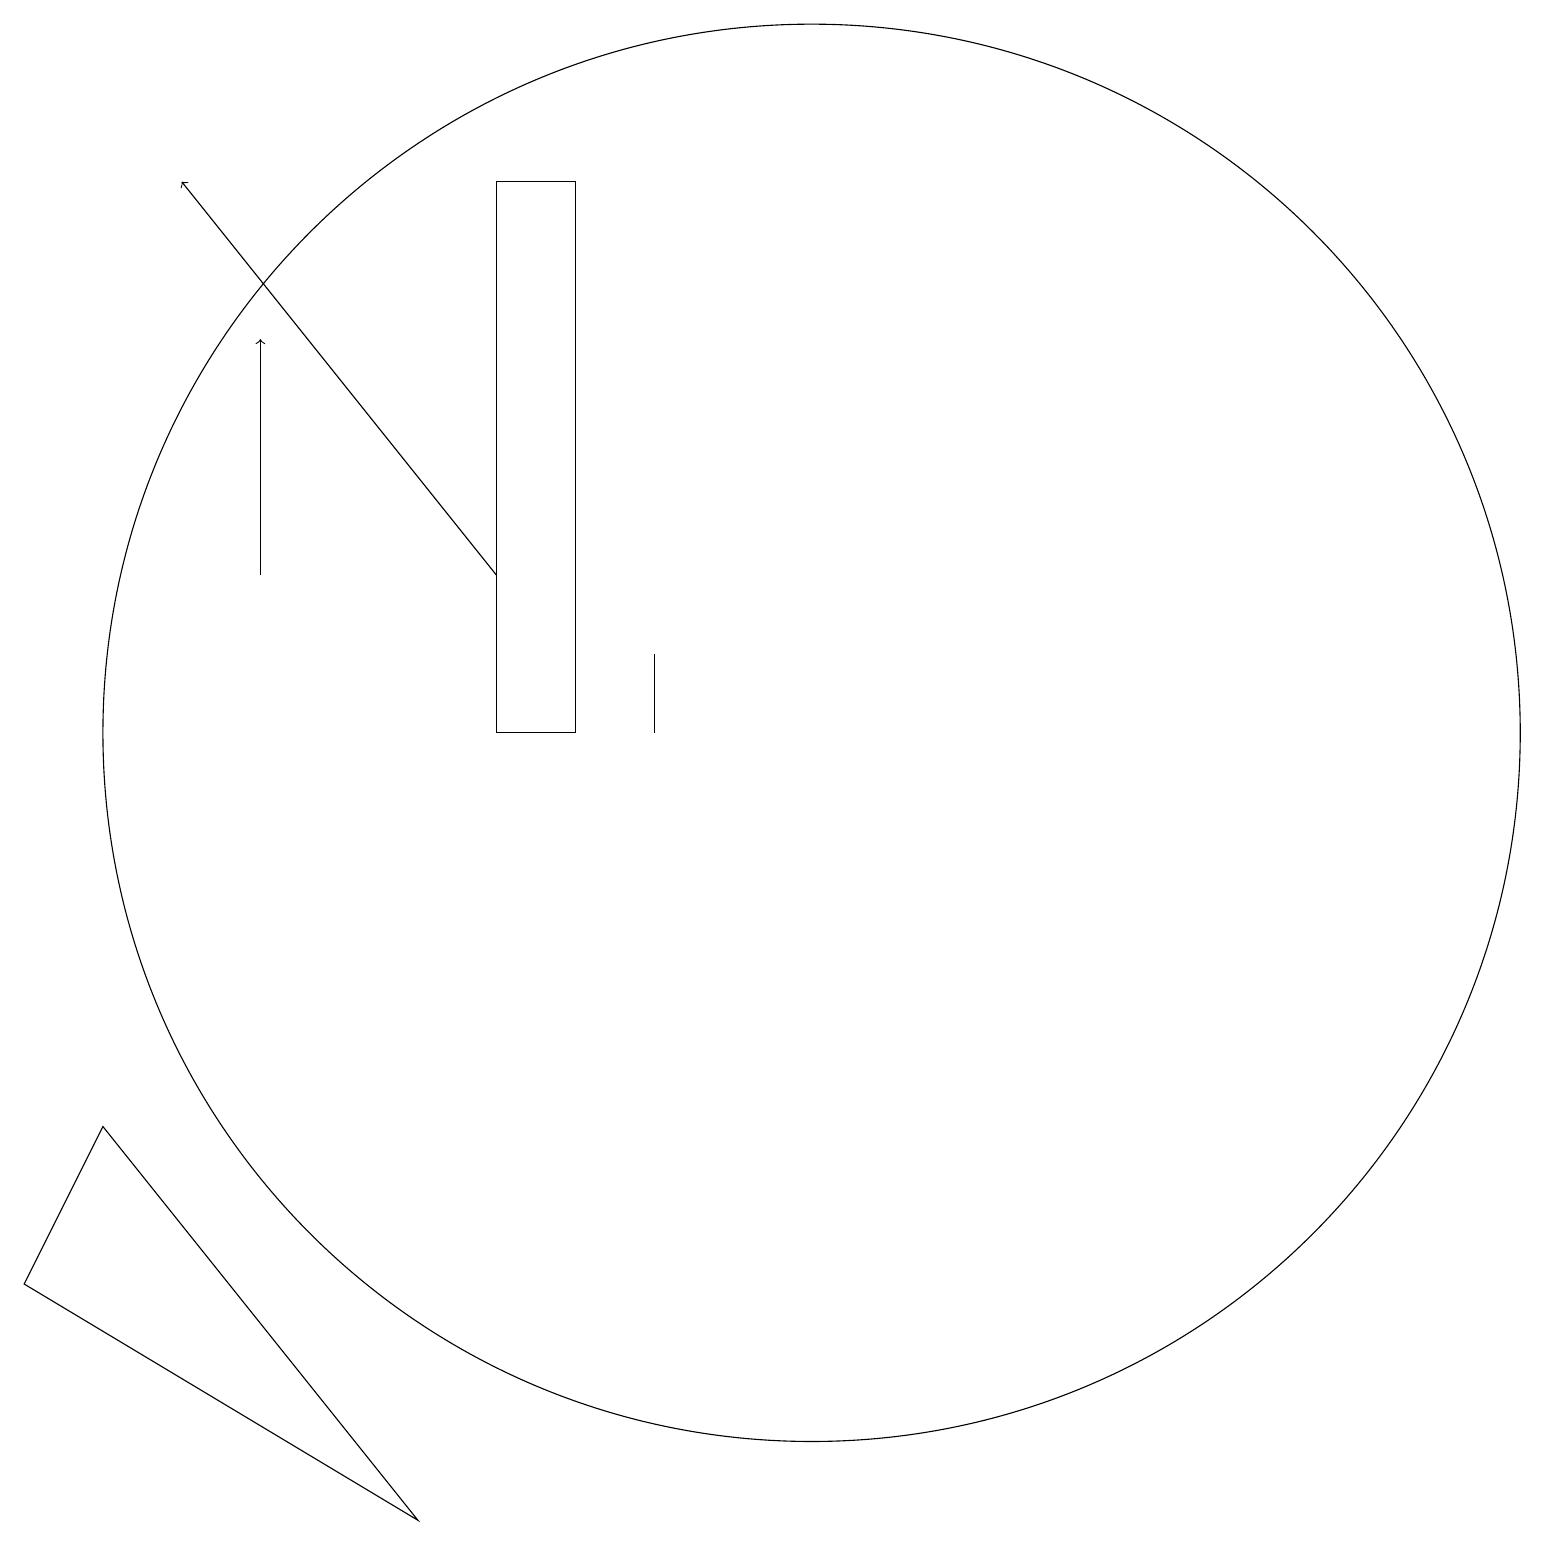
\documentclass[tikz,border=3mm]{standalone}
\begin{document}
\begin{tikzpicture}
\draw (8,18) rectangle (7,11);
\draw[->] (4,13) -- (4,16);
\draw (1,4) -- (6,1) -- (2,6) -- cycle;
\draw[->] (7,13) -- (3,18);
\draw (9,12) rectangle (9,11);
\draw (11,11) circle (9);
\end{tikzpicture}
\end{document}